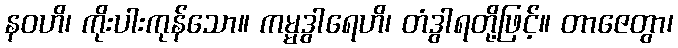
နဝဟိ၊ ကိုးပါးကုန်သော။ ကမ္မဒွါရေဟိ၊ တံဒွါရတို့ဖြင့်။ တာဇေတွာ၊